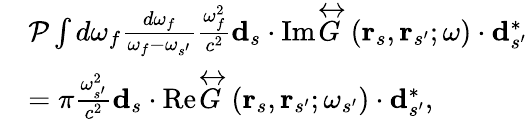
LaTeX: \begin{array}{rl}&{\mathcal{P}\int d\omega_{f}\frac{d\omega_{f}}{\omega_{f}-\omega_{s^{\prime}}}\frac{\omega_{f}^{2}}{c^{2}}\mathbf{d}_{s}\cdot\mathrm{Im}\overleftrightarrow{G}\left(\mathbf{r}_{s},\mathbf{r}_{s^{\prime}};\omega\right)\cdot\mathbf{d}_{s^{\prime}}^{*}}\\ &{=\pi\frac{\omega_{s^{\prime}}^{2}}{c^{2}}\mathbf{d}_{s}\cdot\mathrm{Re}\overleftrightarrow{G}\left(\mathbf{r}_{s},\mathbf{r}_{s^{\prime}};\omega_{s^{\prime}}\right)\cdot\mathbf{d}_{s^{\prime}}^{*},}\end{array}